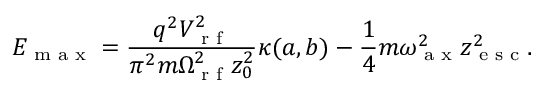
E _ { \textrm { m a x } } = \frac { q ^ { 2 } V _ { \textrm { r f } } ^ { 2 } } { \pi ^ { 2 } m \Omega _ { \textrm { r f } } ^ { 2 } z _ { 0 } ^ { 2 } } \kappa ( a , b ) - \frac { 1 } { 4 } m \omega _ { \textrm { a x } } ^ { 2 } z _ { \textrm { e s c } } ^ { 2 } .